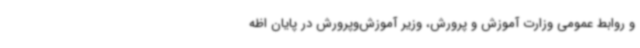
و روابط عمومی وزارت آموزش و پرورش، وزیر آموزش‌وپرورش در پایان اظه